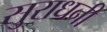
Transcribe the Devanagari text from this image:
सुराधनी